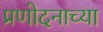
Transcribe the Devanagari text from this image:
प्रणोदनाच्या